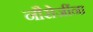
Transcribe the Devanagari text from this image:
नौरोजींना